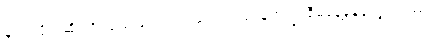
မူဝါဒ ပိုင်းဆိုင်ရာ ပြုပြင်ပြောင်းလဲရေး၊ ပြည်သူ့ဘဏ္ဍ စီမံခန့်ခွဲမှုတွေ၊ သဘာဝ